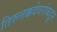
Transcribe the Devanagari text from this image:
तिरुत्तक्कदेवरांकडून